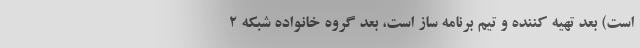
است) بعد تهیه کننده و تیم برنامه ساز است، بعد گروه خانواده شبکه 2